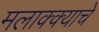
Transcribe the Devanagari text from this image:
मलाक्क्याचे